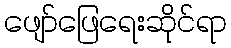
ဖျော်ဖြေရေးဆိုင်ရာ